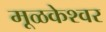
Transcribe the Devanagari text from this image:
मूळकेश्वर